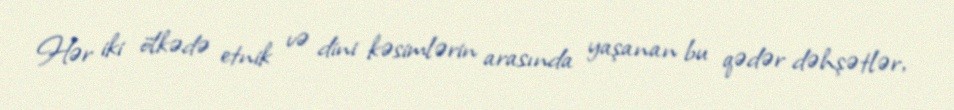
Hər iki ölkədə etnik və dini kəsimlərin arasında yaşanan bu qədər dəhşətlər,